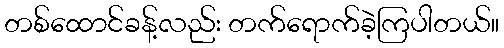
တစ်ထောင်ခန့်လည်း တက်ရောက်ခဲ့ကြပါတယ်။